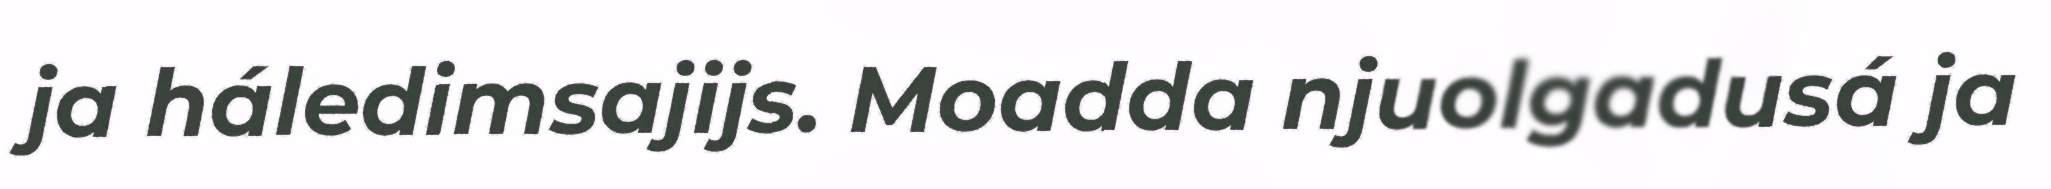
ja háledimsajijs. Moadda njuolgadusá ja